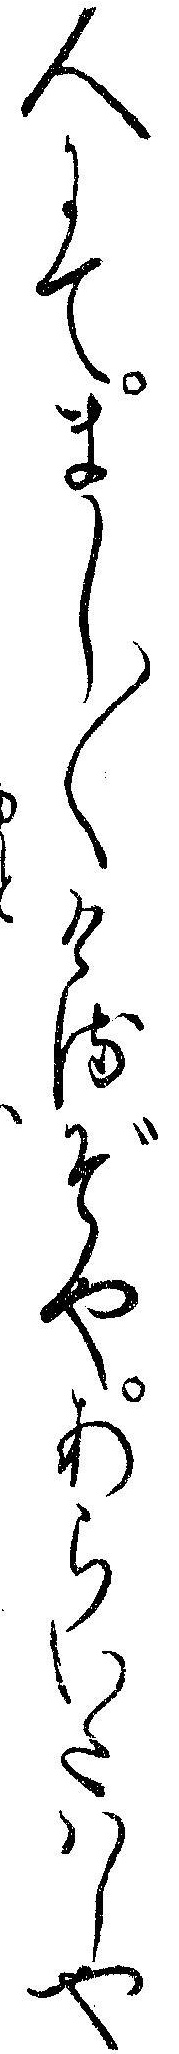
人にてまし〱けるぞやあらいたハしや